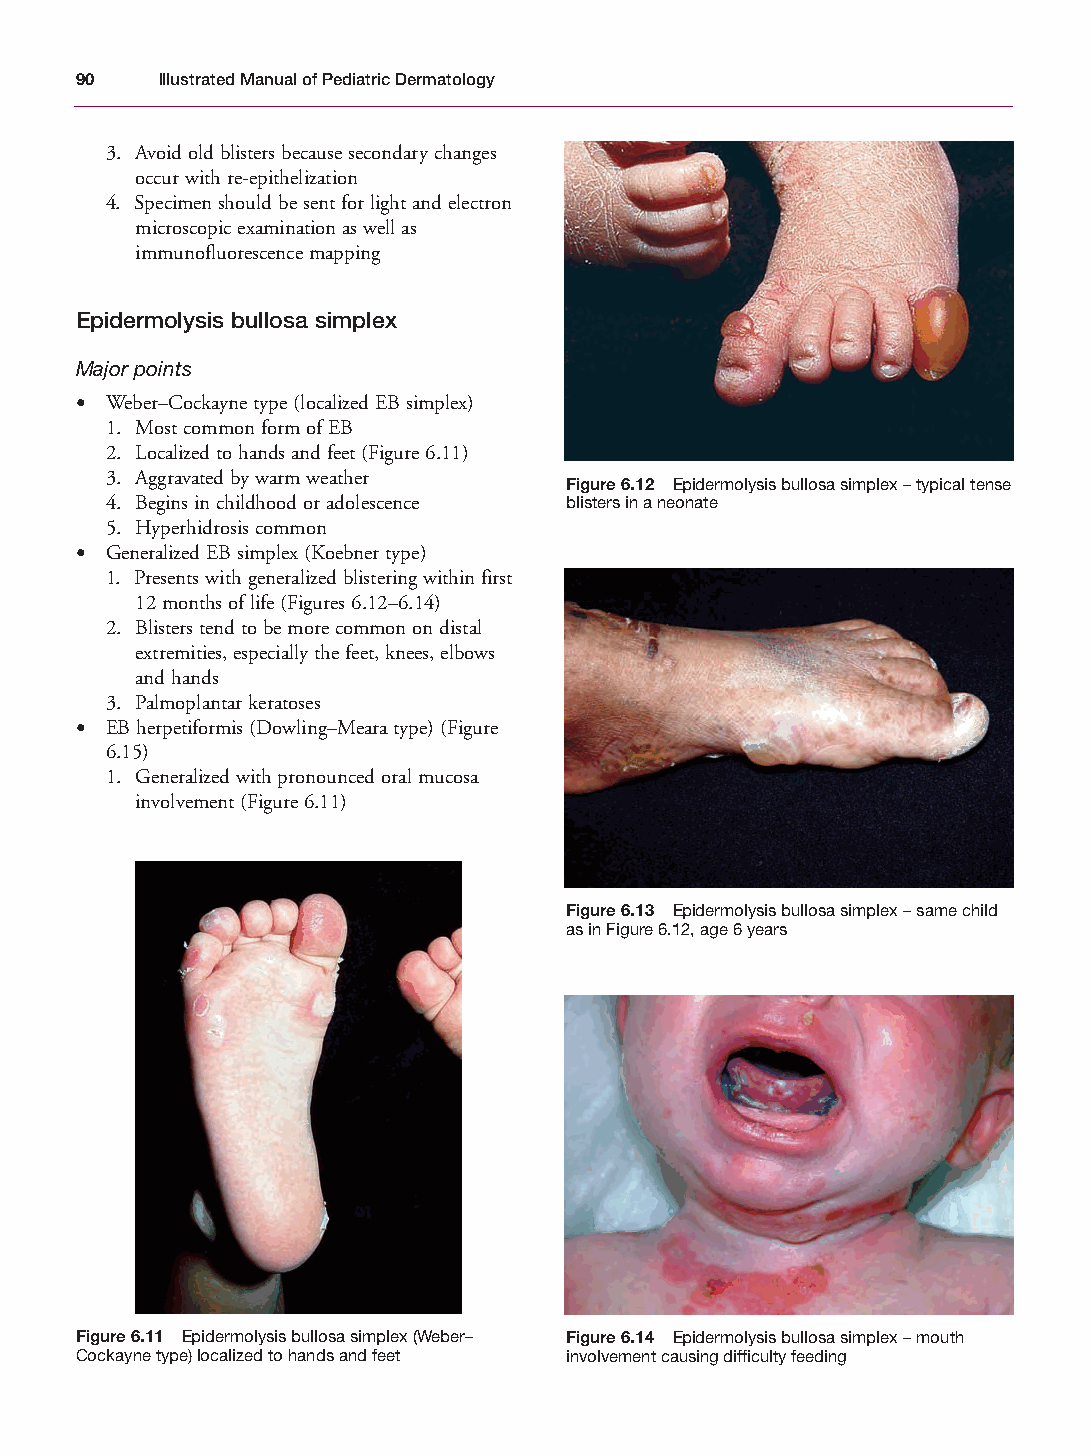
Mallory Chapter 06 27/1/05 1:45 pm Page 90
 90   Illustrated Manual of Pediatric Dermatology
 3. Avoid old blisters because secondary changes
 occur with re-epithelization
 4. Specimen should be sent for light and electron
 microscopic examination as well as
 immunofluorescence mapping
 Epidermolysis bullosa simplex
 Major points
 • Weber–Cockayne type (localized EB simplex)
 1. Most common form of EB
 2. Localized to hands and feet (Figure 6.11)
 3. Aggravated by warm weather
 Figure 6.12 Epidermolysis bullosa simplex – typical tense
 4. Begins in childhood or adolescence blisters in a neonate
 5. Hyperhidrosis common
 • Generalized EB simplex (Koebner type)
 1. Presents with generalized blistering within first
 12 months of life (Figures 6.12–6.14)
 2. Blisters tend to be more common on distal
 extremities, especially the feet, knees, elbows
 and hands
 3. Palmoplantar keratoses
 • EB herpetiformis (Dowling–Meara type) (Figure
 6.15)
 1. Generalized with pronounced oral mucosa
 involvement (Figure 6.11)
 Figure 6.13 Epidermolysis bullosa simplex – same child
 as in Figure 6.12, age 6 years
 Figure 6.11 Epidermolysis bullosa simplex (Weber– Figure 6.14 Epidermolysis bullosa simplex – mouth
 Cockayne type) localized to hands and feet involvement causing difficulty feeding